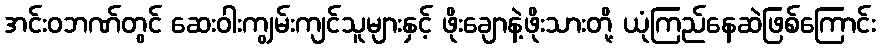
အင်းဝဘဏ်တွင် ဆေးဝါးကျွမ်းကျင်သူများနှင့် ဖိုးချောနဲ့ဖိုးသားတို့ ယုံကြည်နေဆဲဖြစ်ကြောင်း